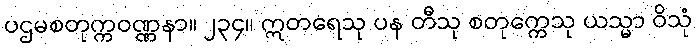
ပဌမစတုက္ကဝဏ္ဏနာ။ ၂၃၄။ ဣတရေသု ပန တီသု စတုက္ကေသု ယသ္မာ ဝိသုံ